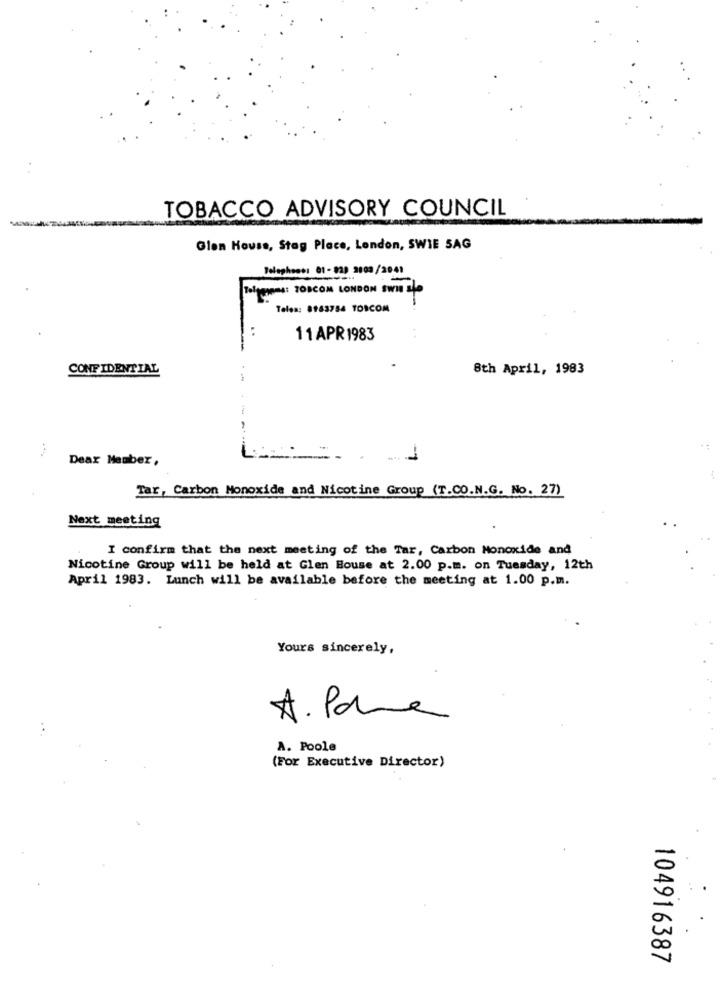
TOBACCO ADVISORY COUNCIL
Glen House, Stag Place, London, SWIE SAG
Telephone: 01-829 2003/2041
Teltenems: TOBCOM LONDON SwIs sle
Telea: 8963754 TORCOM
11APR 1983
CONFIDENTIAL
8th April, 1983
Dear Member,
Tar, Carbon Monoxide and Nicotine Group (T.CO.N.G. No. 27)
Next meeting
I confirm that the next meeting of the Tar, Carbon Monoxide and
Nicotine Group will be held at Glen House at 2.00 p.m. on Tuesday, 12th
April 1983. Lunch will be available before the meeting at 1.00 p.m.
Yours sincerely,
A. Pane
A. Poole
(For Executive Director)
104916387